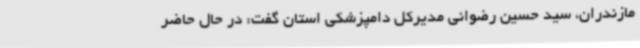
مازندران، سید حسین رضوانی مدیرکل دامپزشکی استان گفت: در حال حاضر